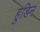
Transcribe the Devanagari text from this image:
हुडिन